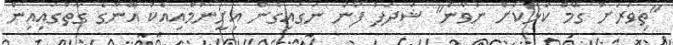
"ތިވަރަށް ގޭމް ކުޅޭކަށް ނުވާނެ" ޝަދަފު ފޯނު ނަގައިގެން އިށީނުމާއިއެކު އޭނާގެ ގާތުގައިއިން